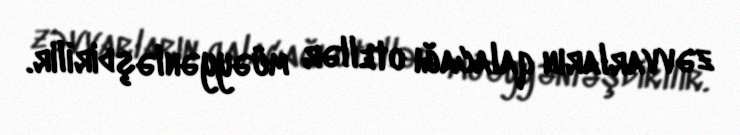
zəvvarların qalacağı otellər müəyyənləşdirilir.